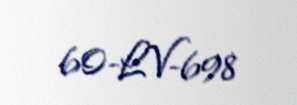
60-LV-698